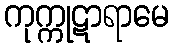
ကုက္ကုဋာရာမေ